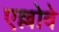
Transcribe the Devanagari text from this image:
एल्लोवे